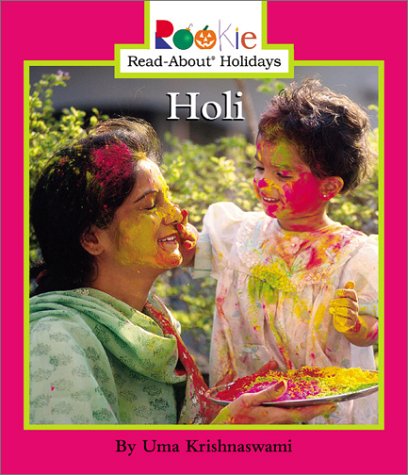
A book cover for Holi (Rookie Read-About Holidays); Uma Krishnaswami; Children's Books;